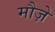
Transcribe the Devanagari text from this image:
मौज़े